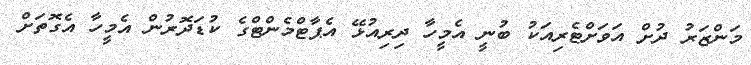
މަންޒަރު ދުށް އަވަށްޓެރިއަކު ބުނީ އެމީހާ ދިރިއުޅޭ އެޕާޓްމެންޓްގެ ކުޑަދޮރުން އެމީހާ އެގޮތަށް